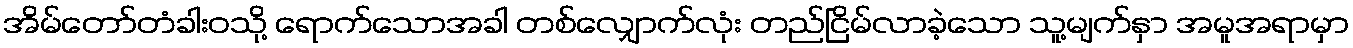
အိမ်တော်တံခါးဝသို့ ရောက်သောအခါ တစ်လျှောက်လုံး တည်ငြိမ်လာခဲ့သော သူ့မျက်နှာ အမူအရာမှာ